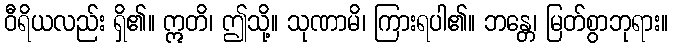
ဝီရိယလည်း ရှိ၏။ ဣတိ၊ ဤသို့။ သုဏာမိ၊ ကြားရပါ၏။ ဘန္တေ၊ မြတ်စွာဘုရား။